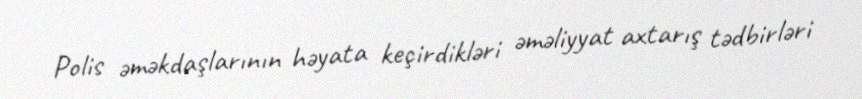
Polis əməkdaşlarının həyata keçirdikləri əməliyyat axtarış tədbirləri